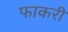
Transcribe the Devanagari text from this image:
फाकरी